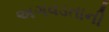
અગવડતાની